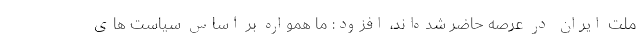
ملت ایران در عرصه حاضر شده‌اند، افزود: ما همواره بر اساس سیاست های